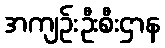
အကျဉ်းဦးစီးဌာန